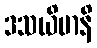
ဒသယိမာနိ